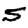
Digit: 5